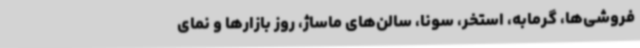
فروشی‌ها، گرمابه، استخر، سونا، سالن‌های ماساژ، روز بازارها و نمای